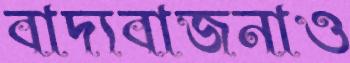
বাদ্যবাজনাও